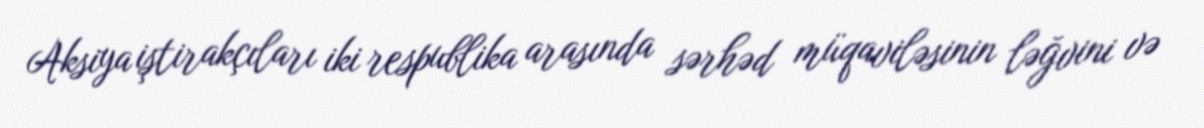
Aksiya iştirakçıları iki respublika arasında sərhəd müqaviləsinin ləğvini və